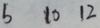
b 1 0 1 2